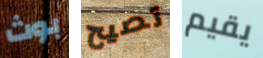
بوث تصيح يقيم